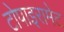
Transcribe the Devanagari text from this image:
टोपाइरामेट